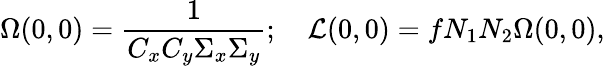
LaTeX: \Omega(0,0)=\frac{1}{C_{x}C_{y}\Sigma_{x}\Sigma_{y}};\quad\mathcal{L}(0,0)=fN_{1}N_{2}\Omega(0,0),